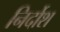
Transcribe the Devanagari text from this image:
निर्दोश